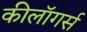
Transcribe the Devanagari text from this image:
कीलॉगर्स